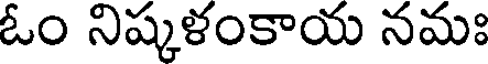
ఓం నిష్కళంకాయ నమః